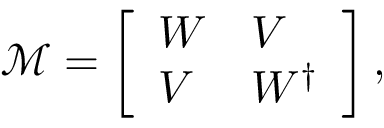
\mathcal { M } = \left[ \begin{array} { l l } { W } & { V } \\ { V } & { W ^ { \dagger } } \end{array} \right] ,